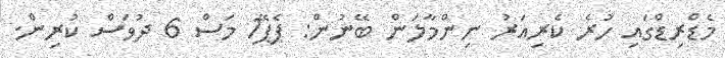
މެޑްރިޑްގައި ހުރެ ކެރިއަރު ނިންމާލަން ބޭނުން: ޕެޕޭ1 މަސް 6 ދުވަސް ކުރިން.